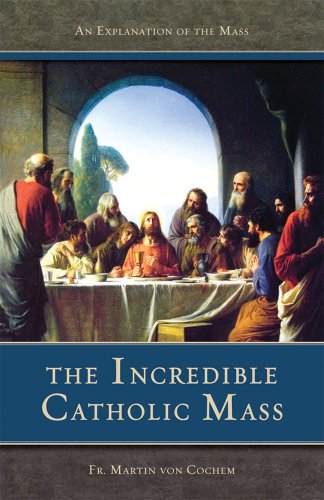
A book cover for The Incredible Catholic Mass: An Explanation of the Catholic Mass; Rev. Fr. Martin Von Cochem; Christian Books & Bibles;